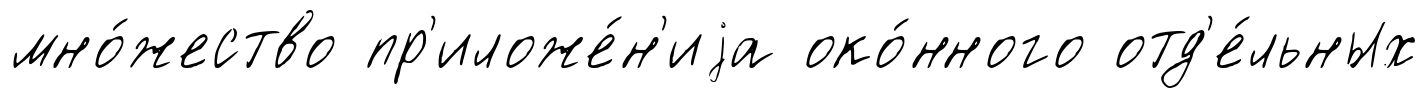
мно́жество пр'иложе́н'иjа око́нного отд'е́льных